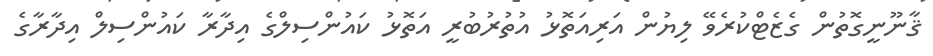
ޤާނޫނީގޮތުން ގެޒެޓްކުރެވޭ ލިޔުން އަރިއަތޮޅު އުތުރުބުރީ އަތޮޅު ކައުންސިލްގެ އިދާރާ ކައުންސިލް އިދާރާގެ